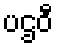
ပဌဝီ